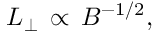
\begin{array} { r } { L _ { \perp } \, \propto \, B ^ { - 1 / 2 } , } \end{array}